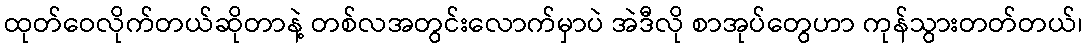
ထုတ်ဝေလိုက်တယ်ဆိုတာနဲ့ တစ်လအတွင်းလောက်မှာပဲ အဲဒီလို စာအုပ်တွေဟာ ကုန်သွားတတ်တယ်၊